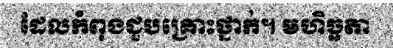
ដែលកំពុងជួបគ្រោះថ្នាក់។ មហិច្ឆតា